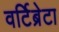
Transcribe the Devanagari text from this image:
वर्टिब्रेटा